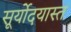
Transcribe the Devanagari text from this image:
सूर्योदयास्त